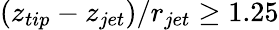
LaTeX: \left(z_{tip}-z_{jet}\right)/r_{jet}\geq 1.25